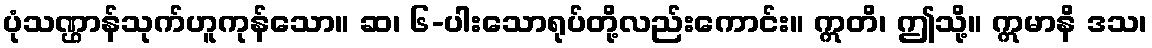
ပုံသဏ္ဌာန်သုက်ဟူကုန်သော။ ဆ၊ ၆-ပါးသောရုပ်တို့လည်းကောင်း။ ဣတိ၊ ဤသို့။ ဣမာနိ ဒသ၊